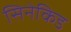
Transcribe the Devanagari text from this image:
सिनेकिड